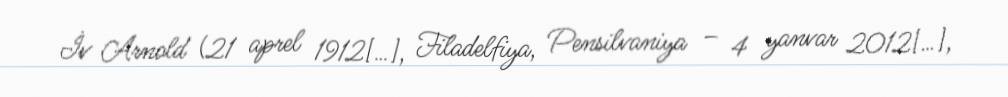
İv Arnold (21 aprel 1912[…], Filadelfiya, Pensilvaniya – 4 yanvar 2012[…],